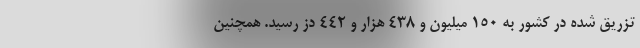
تزریق شده در کشور به ۱۵۰ میلیون و ۴۳۸ هزار و ۴۴۲ دُز رسید. همچنین